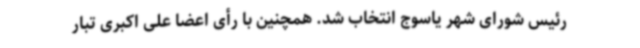
رئیس شورای شهر یاسوج انتخاب شد. همچنین با رأی اعضا علی اکبری تبار